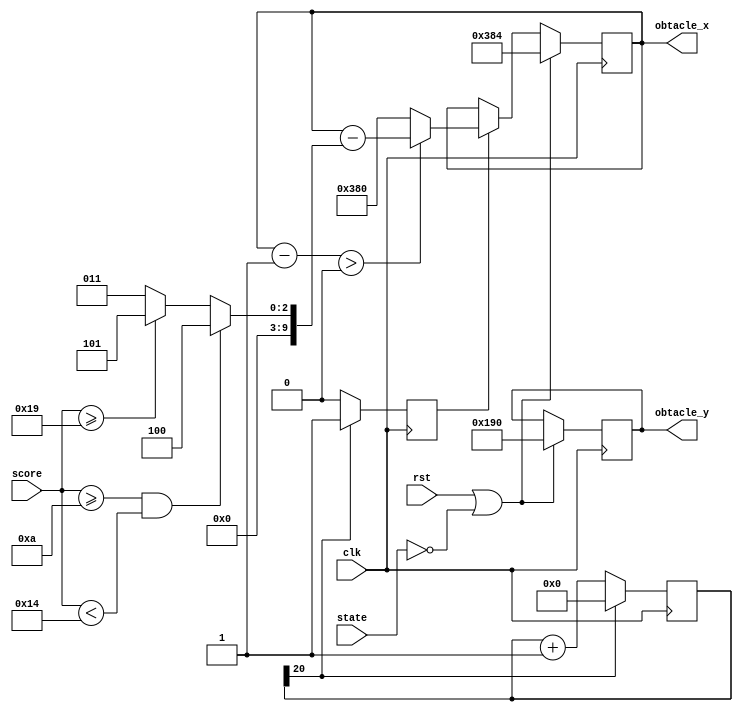
`timescale 1ns / 1ps

module obtacle (
    input clk,
    input rst,
    input [1:0]state,
    input [15:0] score,
    output reg[9:0]obtacle_x,
    output reg[9:0]obtacle_y
    ); 
    reg [9:0]next_obtacle_x,next_obtacle_y;
    reg [21:0] count;
    reg move;
    reg [9:0]v;

always @(posedge clk) begin
  if(count[20] == 1'b1)begin
        move <= 1'b1;
        count <= 21'd0;
  end else begin
        move <= 1'b0;
        count <= count +1'b1;
  end
end
  
always @(posedge clk)begin
    if(rst || state == 2'b00)begin//if(state == 0)then stop until jump is pushed
        obtacle_x <=10'd900;
        obtacle_y <=10'd400;
    end else begin
        obtacle_x <= next_obtacle_x;
        obtacle_y <= next_obtacle_y;
    end    
end

always @(*)begin
    if(score >= 16'd10 &&score <16'd20)
        v = 10'd4;
    else if(score >= 16'd25)
        v = 10'd5;
    else
        v = 10'd3;

end
always @(*)begin
    if(move)begin
        if(obtacle_x - 1'b1  > 10'd0 )begin
            next_obtacle_x = obtacle_x  - v;
        end else begin
            next_obtacle_x = 10'd896;//640~1000
        end      
    end else begin
        next_obtacle_x = obtacle_x ;
    end
    next_obtacle_y = obtacle_y;
end
           
endmodule